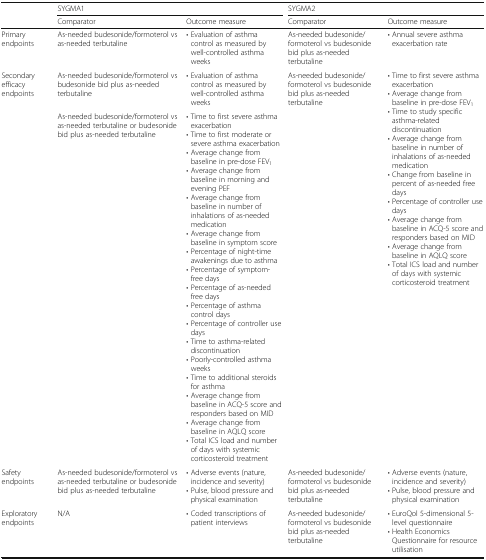
|  | <COLSPAN=2> SYGMA1 | <COLSPAN=2> SYGMA2 |
 |  | Comparator | Outcome measure | Comparator | Outcome measure |
 | --- | --- | --- | --- | --- |
 | Primary endpoints | As-needed budesonide/formoterol vs as-needed terbutaline | • Evaluation of asthma control as measured by well-controlled asthma weeks | As-needed budesonide/formoterol vs budesonide bid plus as-needed terbutaline | • Annual severe asthma exacerbation rate |
 | <ROWSPAN=2> Secondary efficacy endpoints | As-needed budesonide/formoterol vs budesonide bid plus as-needed terbutaline | • Evaluation of asthma control as measured by well-controlled asthma weeks | <ROWSPAN=2> As-needed budesonide/formoterol vs budesonide bid plus as-needed terbutaline | <ROWSPAN=2> • Time to first severe asthma exacerbation• Average change from baseline in pre-dose FEV1• Time to study specific asthma-related discontinuation• Average change from baseline in number of inhalations of as-needed medication• Change from baseline in percent of as-needed free days• Percentage of controller use days• Average change from baseline in ACQ-5 score and responders based on MID• Average change from baseline in AQLQ score• Total ICS load and number of days with systemic corticosteroid treatment |
 | As-needed budesonide/formoterol vs as-needed terbutaline or budesonide bid plus as-needed terbutaline | • Time to first severe asthma exacerbation• Time to first moderate or severe asthma exacerbation• Average change from baseline in pre-dose FEV1• Average change from baseline in morning and evening PEF• Average change from baseline in number of inhalations of as-needed medication• Average change from baseline in symptom score• Percentage of night-time awakenings due to asthma• Percentage of symptom-free days• Percentage of as-needed free days• Percentage of asthma control days• Percentage of controller use days• Time to asthma-related discontinuation• Poorly-controlled asthma weeks• Time to additional steroids for asthma• Average change from baseline in ACQ-5 score and responders based on MID• Average change from baseline in AQLQ score• Total ICS load and number of days with systemic corticosteroid treatment |
 | Safety endpoints | As-needed budesonide/formoterol vs as-needed terbutaline or budesonide bid plus as-needed terbutaline | • Adverse events (nature, incidence and severity)• Pulse, blood pressure and physical examination | As-needed budesonide/formoterol vs budesonide bid plus as-needed terbutaline | • Adverse events (nature, incidence and severity)• Pulse, blood pressure and physical examination |
 | Exploratory endpoints | N/A | • Coded transcriptions of patient interviews | As-needed budesonide/formoterol vs budesonide bid plus as-needed terbutaline | • EuroQol 5-dimensional 5-level questionnaire• Health Economics Questionnaire for resource utilisation |